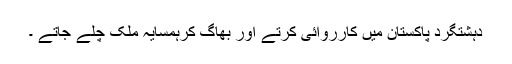
دہشتگرد پاکستان میں کارروائی کرتے اور بھاگ کرہمسایہ ملک چلے جاتے ۔